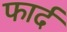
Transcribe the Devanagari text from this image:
फार्द